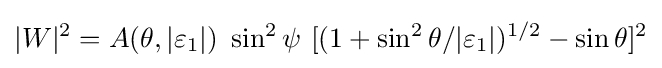
|W|^{2}=A(\theta ,|\varepsilon _{1}|)\ \sin ^{2}{\psi }\ [(1+\sin ^{2}\theta /|\varepsilon _{1}|)^{1/2}-\sin {\theta }]^{2}